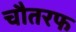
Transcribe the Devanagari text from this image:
चौतरफ